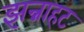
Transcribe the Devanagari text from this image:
झन्नाहट